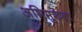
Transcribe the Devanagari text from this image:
अभिमुख्ता